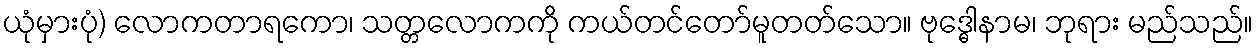
ယုံမှားပုံ) လောကတာရကော၊ သတ္တလောကကို ကယ်တင်တော်မူတတ်သော။ ဗုဒ္ဓေါနာမ၊ ဘုရား မည်သည်။